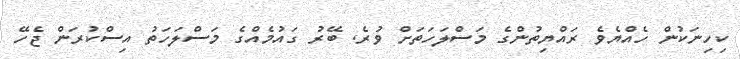
ކިހިނަކުން ހެއްޔެވެ ރައްޔިތުންގެ މަސްލަހަތަށް ވުރެ